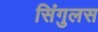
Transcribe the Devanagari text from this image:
सिंगुलस